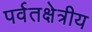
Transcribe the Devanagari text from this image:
पर्वतक्षेत्रीय